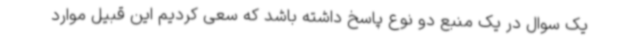
یک سوال در یک منبع دو نوع پاسخ داشته باشد که سعی کردیم این قبیل موارد